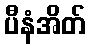
ပီနံအိတ်